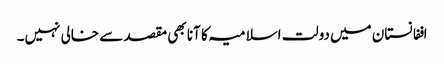
اففانستان میں دولت اسلامیہ کا آنا بھی مقصد سے خالی نہیں۔